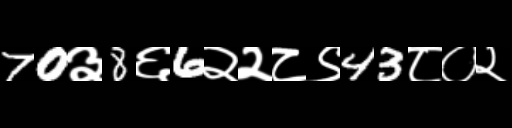
Text: 70३8६6२२८९43८०२